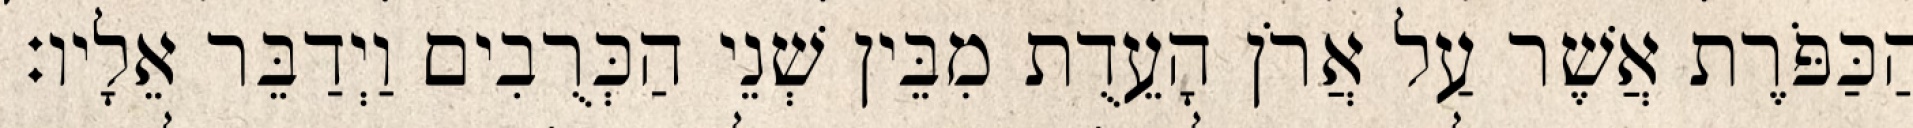
הַכַּפֹּרֶת אֲשֶׁר עַל אֲרֹן הָעֵדֻת מִבֵּין שְׁנֵי הַכְּרֻבִים וַיְדַבֵּר אֵלָיו׃